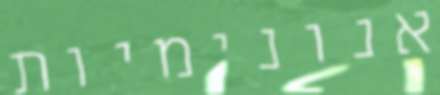
אנונימיות